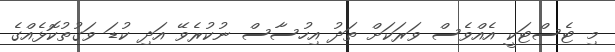
މި ޓެސްޓަކީ އެއްވެސް ވަރަކަށް ތަދު އިހުސާސް ނުކުރެވޭ އަދި ކުޑަ ވަގުތުކޮޅެއްގެ